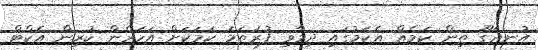
އުނދަގޫ ތިން ކަމެއް އެކަމުގައި ދިމާވި ފުރަތަމަ ކަމަކަށް އަހަރެން ކުރިން އެކްޓް